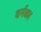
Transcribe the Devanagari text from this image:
वर्गका